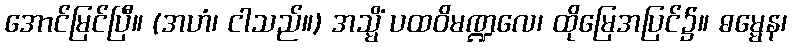
အောင်မြင်ပြီ။ (အဟံ၊ ငါသည်။) အသ္မိံ ပထဝိမဏ္ဍလေ၊ ထိုမြေအပြင်၌။ ဓမ္မေန၊